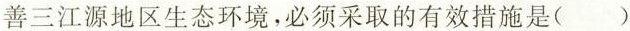
善三江源地区生态环境，必须采取的有效措施是( )